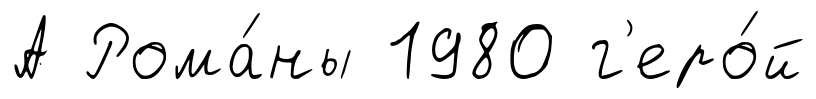
А Рома́ны 1980 г'еро́й